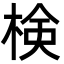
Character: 検